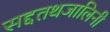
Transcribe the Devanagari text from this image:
सद्दतथजालिनी